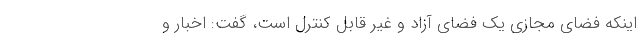
اینکه فضای مجازی یک فضای آزاد و غیر قابل کنترل است، گفت: اخبار و